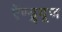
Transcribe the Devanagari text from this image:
ऍण्ड्र्यूज